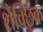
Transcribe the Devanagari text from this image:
शैक्छिक